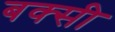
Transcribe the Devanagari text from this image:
बक्सी